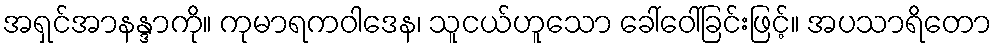
အရှင်အာနန္ဒာကို။ ကုမာရကဝါဒေန၊ သူငယ်ဟူသော ခေါ်ဝေါ်ခြင်းဖြင့်။ အပသာရိတော